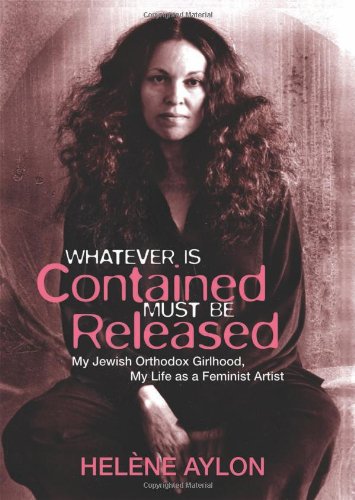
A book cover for Whatever Is Contained Must Be Released: My Jewish Orthodox Girlhood, My Life as a Feminist Artist (Jewish Women Writers); HelÃ¨ne Aylon; Arts & Photography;